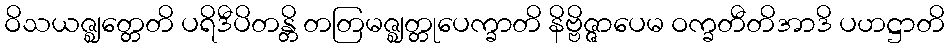
ဝိသယဇ္ဈတ္တေတိ ပရိဒီပိတန္တိ တတြမဇ္ဈတ္တုပေက္ခာတိ နိဗ္ဗိဇ္ဇာပေမ ဝက္ခတီတိအာဒိ ပဟဋ္ဌာတိ